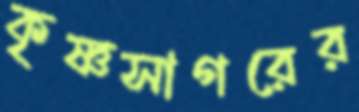
কৃষ্ণসাগরের